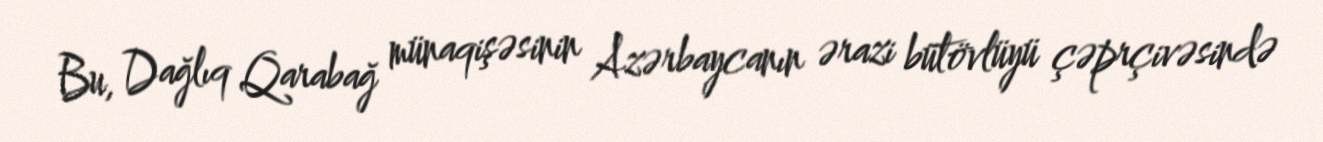
Bu, Dağlıq Qarabağ münaqişəsinin Azərbaycanın ərazi bütövlüyü çəprçivəsində